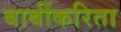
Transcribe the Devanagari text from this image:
बाबींकरिता